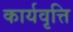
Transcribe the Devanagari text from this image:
कार्यवृत्ति